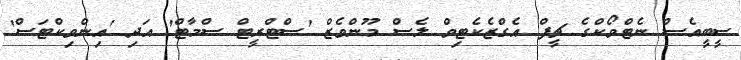
ސީބީއެސް ނެޓްވޯކްގެ ޗީފް އެގްޒެކެޓިވް ލެސް މޫންވެޒް 'ސްޓްރީޓް ސްމާޓް' އަދި 'އިންވިކްޓަސް'